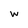
Character: W